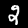
Label: 2